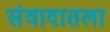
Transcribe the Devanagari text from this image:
संवादातला